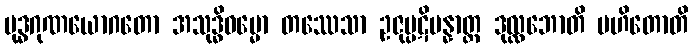
ဗုဒ္ဓဂုဏယောဂတော အသုဒ္ဓိဓမ္မော တဿေသာ ဥဇုပ္ပဋိပန္နာတ္ထ ဒုလ္လဘောတိ ပဟိတောတိ